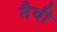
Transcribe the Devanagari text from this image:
नैवी